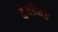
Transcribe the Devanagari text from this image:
देवींकडे